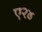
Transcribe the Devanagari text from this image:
ए२४